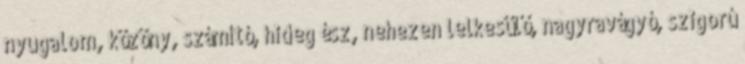
nyugalom, közöny, számító, hideg ész, nehezen lelkesülő, nagyravágyó, szigorú